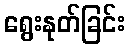
ရွေးနုတ်ခြင်း